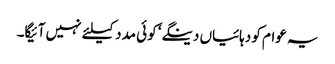
یہ عوام کو دہائیاں دینگے‘ کوئی مدد کیلئے نہیں آئیگا۔